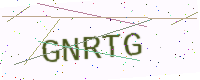
Text: GNRTG